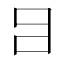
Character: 𤕪